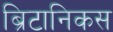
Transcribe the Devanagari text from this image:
ब्रिटानिकस